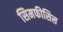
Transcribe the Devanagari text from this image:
सिमफीसिस